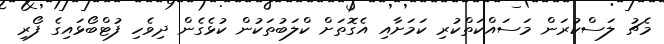
މެޗު ލަސްކުރަން މަސައްކަތްކުރި ކަމަށާއި އެގޮތަށް ކްލަބުތަކުން ކުޅެގެން ދިވެހި ފުޓްބޯޅައިގެ ފޯރި